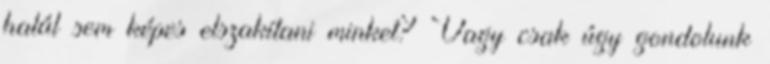
halál sem képes elszakítani minket? Vagy csak úgy gondolunk